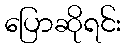
ပြောဆိုရင်း